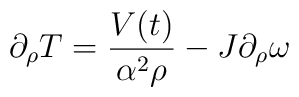
\partial_\rho T =\frac{V(t)}{\alpha^2 \rho}- J\partial_\rho \omega